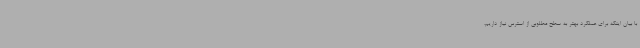
با بیان اینکه برای عملکرد بهتر به سطح مطلوبی از استرس نیاز داریم،